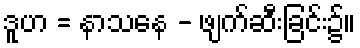
ဒူဟ = နာသနေ - ဖျက်ဆီးခြင်း၌။